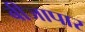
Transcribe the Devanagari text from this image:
बीजापार